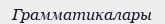
Грамматикалары